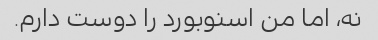
نه، اما من اسنوبورد را دوست دارم.